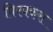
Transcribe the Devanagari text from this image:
पिरपकरा